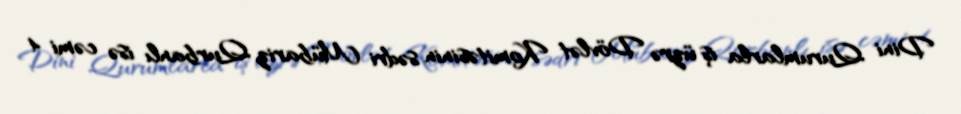
Dini Qurumlarla iş üzrə Dövlət Komitəsinin sədri Mübariz Qurbanlı isə cəmi 4